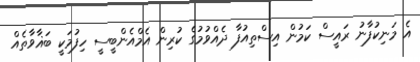
އެ މަނިކުފާނު ރައީސް ކަމުން އިސްތިއުފާ ދެއްވުމުގެ ކުރިން އެމްއެންބީސީ ހިފުމަކީ ބަޣާވާތެއް